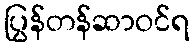
ပြွန်တန်ဆာဝင်ရ